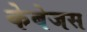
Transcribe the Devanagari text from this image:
केबेजस